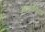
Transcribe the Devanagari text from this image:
आइयोनिक्स